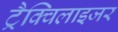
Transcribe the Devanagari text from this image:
ट्रैक्विलाइजर